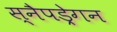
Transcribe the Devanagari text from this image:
स्नैपड्रेगन